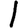
Digit: 1